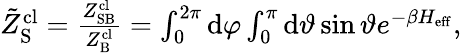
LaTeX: \begin{array}{r}{\tilde{Z}_{\mathrm{S}}^{\mathrm{cl}}=\frac{Z_{\mathrm{SB}}^{\mathrm{cl}}}{Z_{\mathrm{B}}^{\mathrm{cl}}}=\int_{0}^{2\pi}\mathrm{d}\varphi\int_{0}^{\pi}\mathrm{d}\vartheta\sin\vartheta e^{-\beta H_{\mathrm{eff}}},}\end{array}